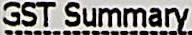
GST SUMMARY